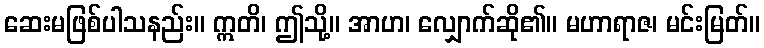
ဆေးမဖြစ်ပါသနည်း။ ဣတိ၊ ဤသို့။ အာဟ၊ လျှောက်ဆို၏။ မဟာရာဇ၊ မင်းမြတ်။